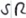
Text: SR